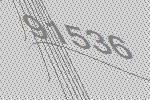
91536